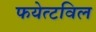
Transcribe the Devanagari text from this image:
फयेत्टविल